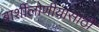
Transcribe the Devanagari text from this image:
बार्शीलोणीयासाठी